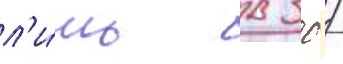
л'и́шь в 30 /